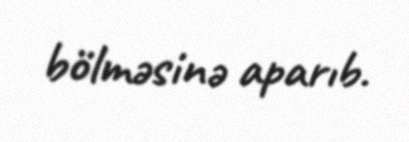
bölməsinə aparıb.